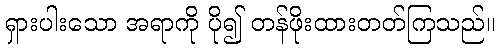
ရှားပါးသော အရာကို ပို၍ တန်ဖိုးထားတတ်ကြသည်။